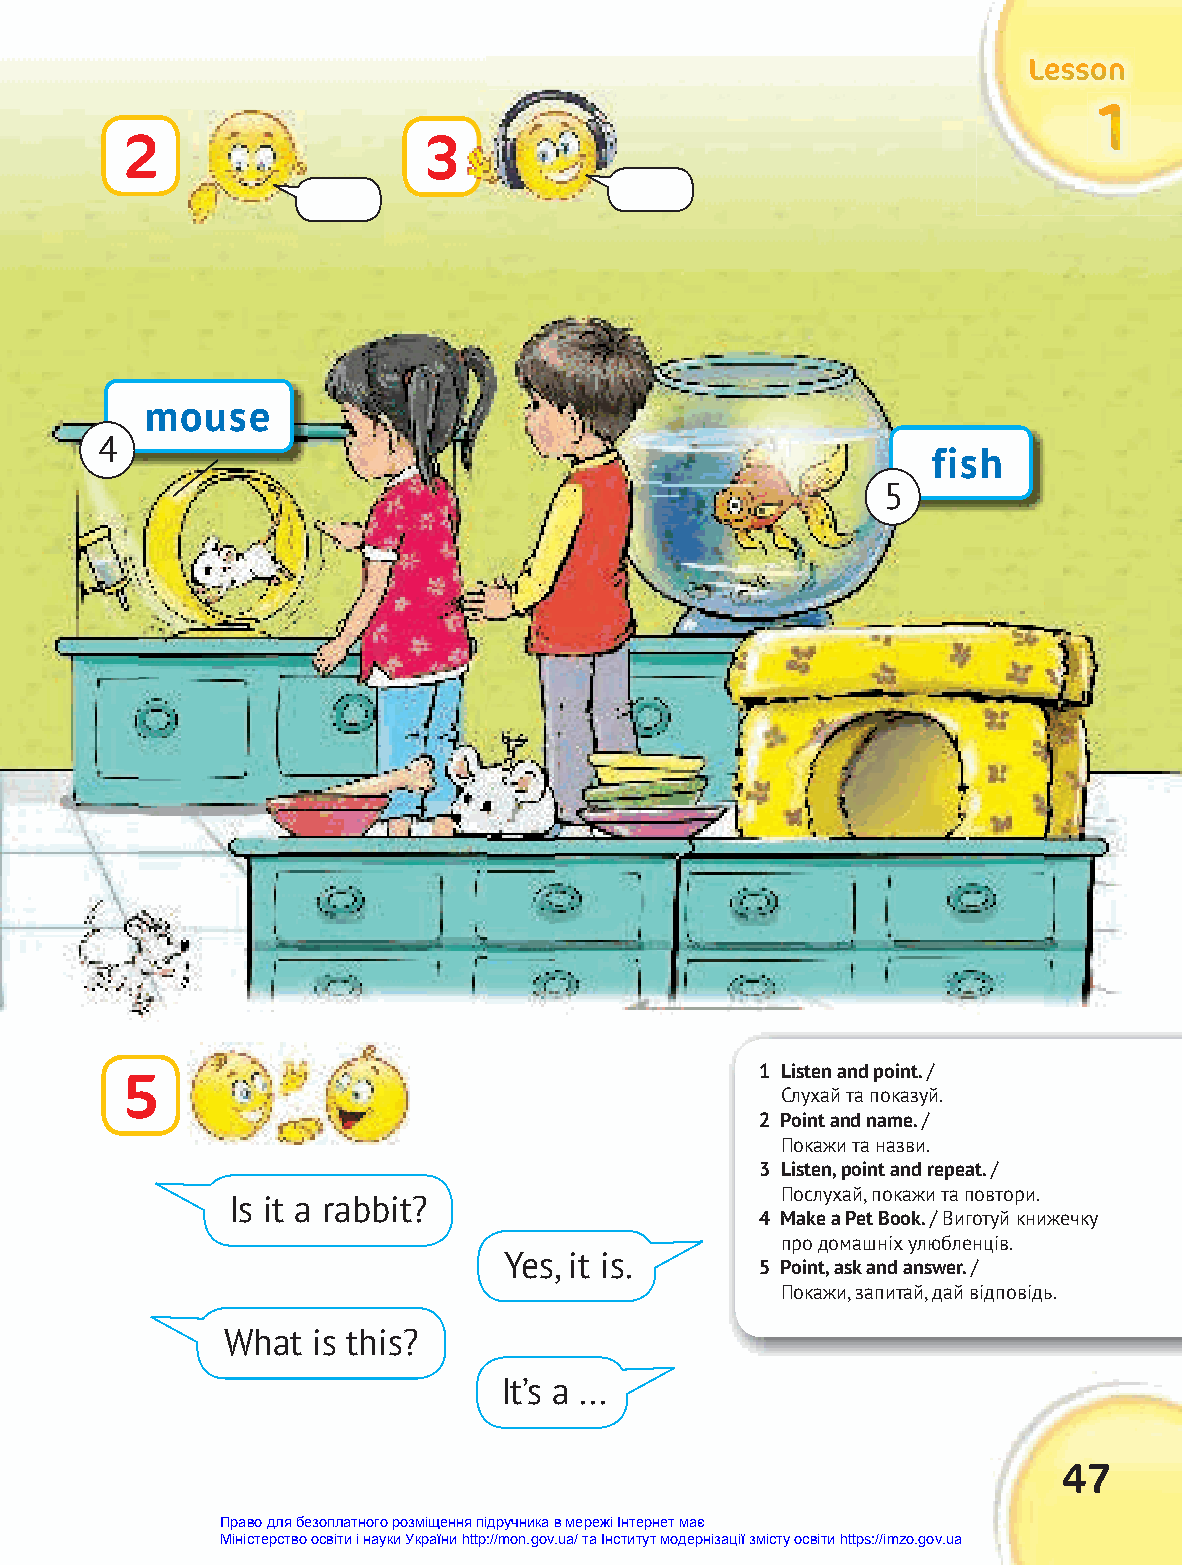
LLLeeessssssooonnn
 111
 2                   3
 mouse
 4
 fish
 5
 1 Listen and point. /
 5
 Слухай та показуй.
 2 Point and name. /
 Покажи та назви.
 3 Listen, point and repeat. /
 Послухай, покажи та повтори.
 Is it a rabbit?
 4 Make a Pet Book. / Виготуй книжечку
 про домашніх улюбленців.
 Yes, it is.
 5 Point, ask and answer. /
 Покажи, запитай, дай відповідь.
 What  is this?
 It’s a ...
 47
 Право для безоплатного розміщення підручника в мережі Інтернет має
 Міністерство освіти і науки України http://mon.gov.ua/ та Інститут модернізації змісту освіти https://imzo.gov.ua